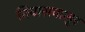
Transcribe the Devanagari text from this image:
निवासनालुर